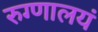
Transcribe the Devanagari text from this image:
रुग्णालयं